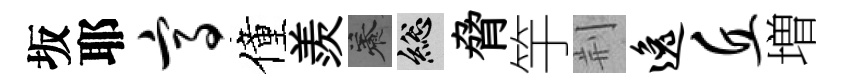
坂耶高僮羨養總脅竽荆逸丘増